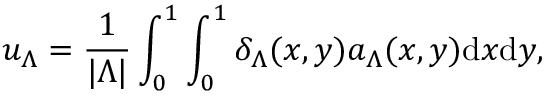
u _ { \Lambda } = \frac { 1 } { | \Lambda | } \int _ { 0 } ^ { 1 } \int _ { 0 } ^ { 1 } \delta _ { \Lambda } ( x , y ) a _ { \Lambda } ( x , y ) \mathrm { d } x \mathrm { d } y ,